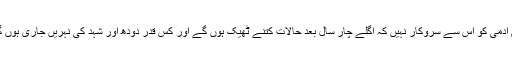
عام آدمی کو اس سے سروکار نہیں کہ اگلے چار سال بعد حالات کتنے ٹھیک ہوں گے اور کس قدر دودھ اور شہد کی نہریں جاری ہوں گی۔